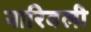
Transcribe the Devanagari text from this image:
नारिवली